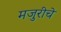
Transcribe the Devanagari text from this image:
मजुरीचे